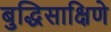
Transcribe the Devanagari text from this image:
बुद्धिसाक्षिणे